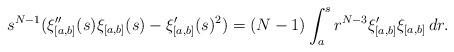
LaTeX: \begin{align*}s^{N-1} (\xi_{[a,b]}''(s)\xi_{[a,b]}(s)-\xi_{[a,b]}'(s)^2) = (N-1) \int_a^s r^{N-3} \xi_{[a,b]}'\xi_{[a,b]}\,dr.\end{align*}